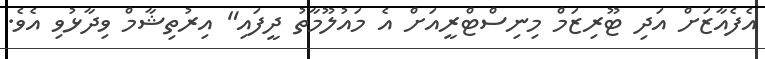
އެފެއާޒަށް އަދި ޓޫރިޒަމް މިނިސްޓްރީއަށް އެ މައުލޫމާތު ދީފައި" އިރުތިޝާމް ވިދާޅުވި އެވެ.